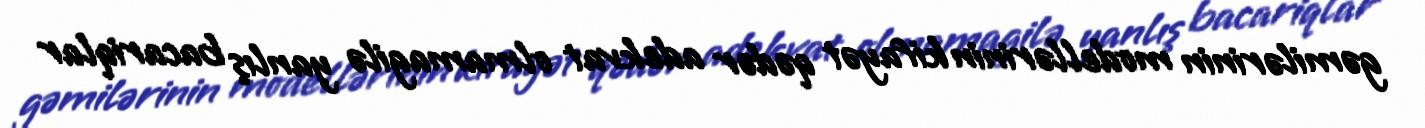
gəmilərinin modellərinin kifayət qədər adekvat olmamagilə yanlış bacariqlar